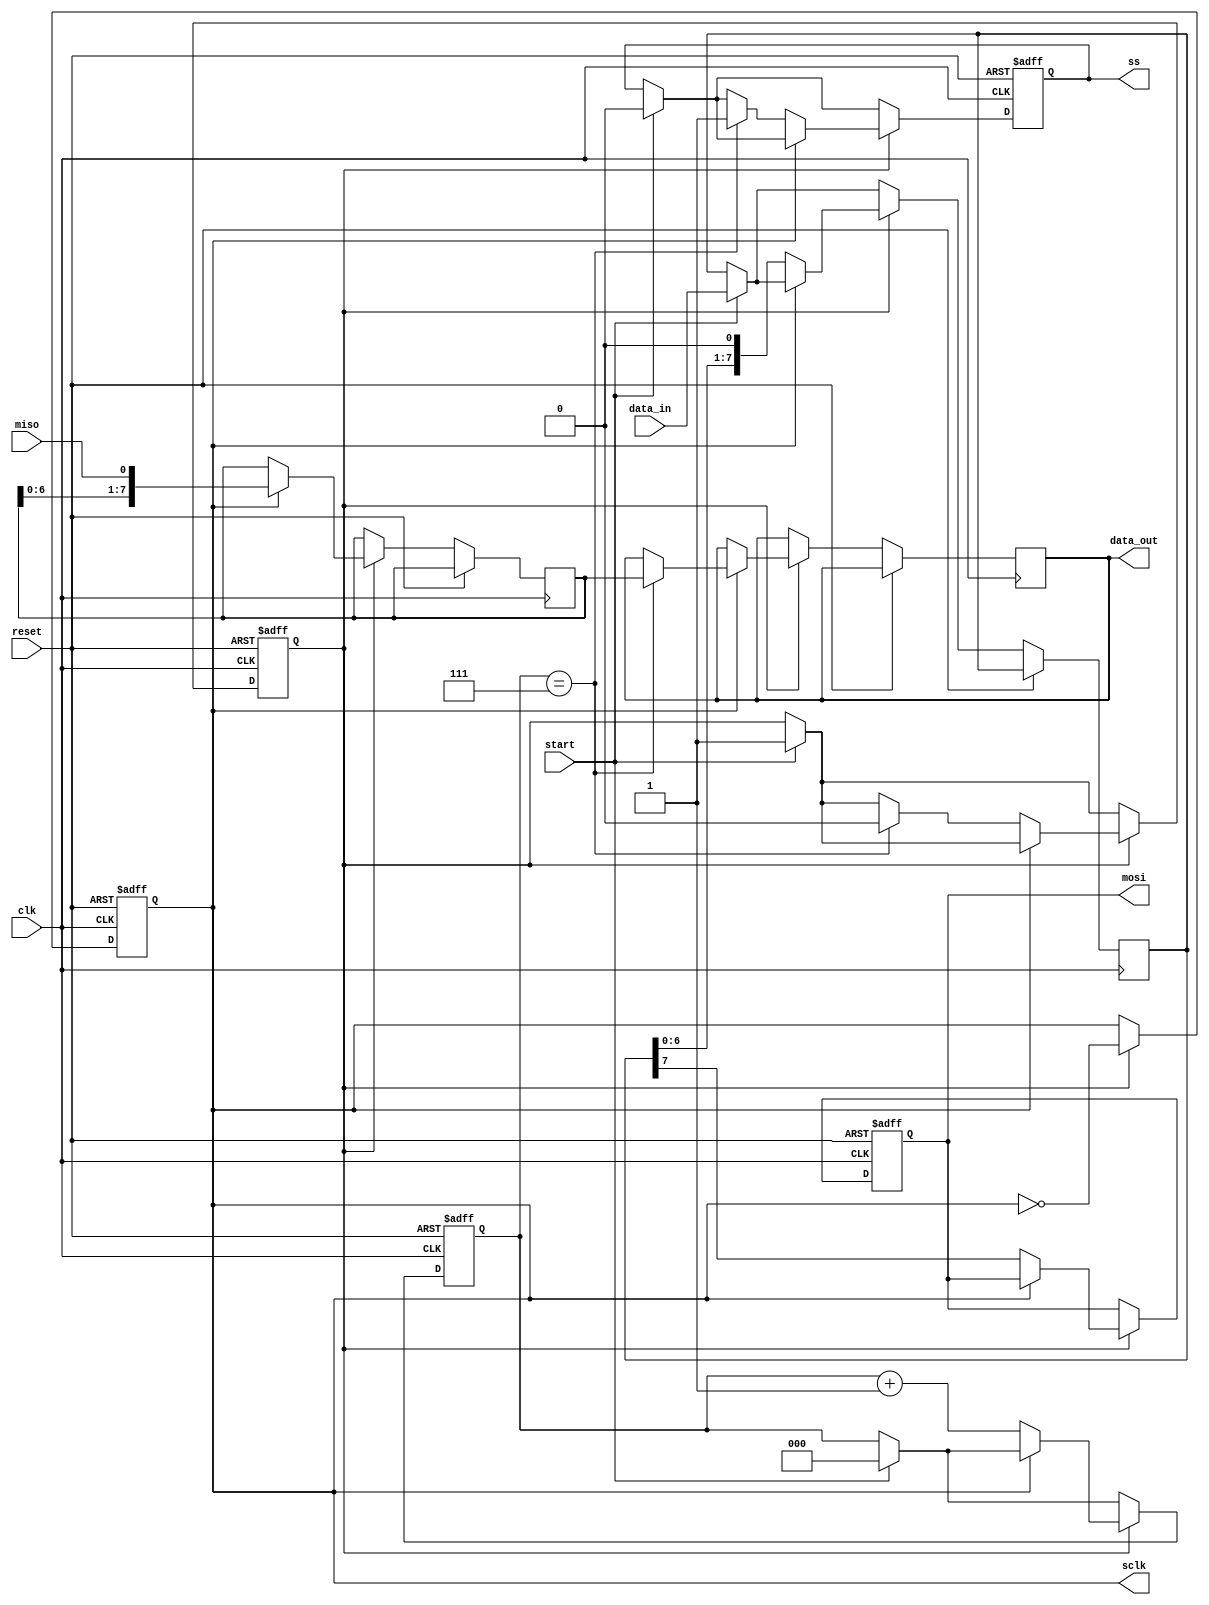
module spi_controller (
    input wire clk,       // System clock
    input wire reset,     // Reset signal
    input wire [7:0] data_in, // Data to be transmitted
    input wire start,     // Start signal for transmission
    output reg [7:0] data_out, // Received data
    output reg sclk,      // Serial clock
    output reg mosi,      // Master Out Slave In
    input wire miso,      // Master In Slave Out
    output reg ss         // Slave Select
);

    reg [2:0] bit_cnt;    // Bit counter
    reg [7:0] data_reg;   // Data register for transmission
    reg [7:0] data_rec;   // Data register for reception
    reg sclk_en;          // Clock enable for SCLK

    always @(posedge clk or posedge reset) begin
        if (reset) begin
            sclk <= 0;
            bit_cnt <= 0;
            ss <= 1;
            sclk_en <= 0;
            mosi <= 0;
        end else begin
            if (start) begin
                ss <= 0;
                sclk_en <= 1;
                data_reg <= data_in;
                bit_cnt <= 0;
            end

            if (sclk_en) begin
                sclk <= ~sclk;
                if (sclk == 0) begin
                    mosi <= data_reg[7];
                    data_reg <= {data_reg[6:0], 1'b0};
                    bit_cnt <= bit_cnt + 1;
                    if (bit_cnt == 7) begin
                        sclk_en <= 0;
                        ss <= 1;
                    end
                end else begin
                    data_rec <= {data_rec[6:0], miso};
                    if (bit_cnt == 7) begin
                        data_out <= data_rec;
                    end
                end
            end
        end
    end
endmodule